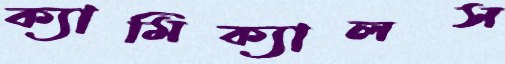
ক্যামিক্যালস